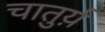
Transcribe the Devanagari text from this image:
चातुर्य़